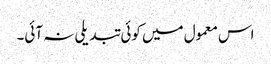
اس معمول میں کوئی تبدیلی نہ آئی۔